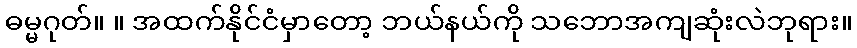
ဓမ္မဂုတ်။ ။ အထက်နိုင်ငံမှာတော့ ဘယ်နယ်ကို သဘောအကျဆုံးလဲဘုရား။